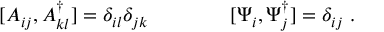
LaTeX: [ A _ { i j } , A _ { k l } ^ { \dagger } ] = \delta _ { i l } \delta _ { j k } \qquad \qquad [ \Psi _ { i } , \Psi _ { j } ^ { \dagger } ] = \delta _ { i j } \; .